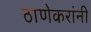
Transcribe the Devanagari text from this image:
ठाणेकरांनी